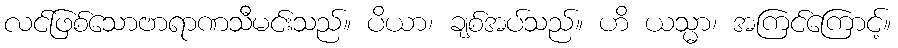
လင်ဖြစ်သောဗာရာဏသီမင်းသည်။ ပိယာ၊ ချစ်အပ်သည်။ ဟိ ယသ္မာ၊ အကြင်ကြောင့်။